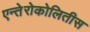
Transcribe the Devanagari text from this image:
एन्तेरोकोलितीस